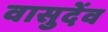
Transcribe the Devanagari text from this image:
वासुदेंव